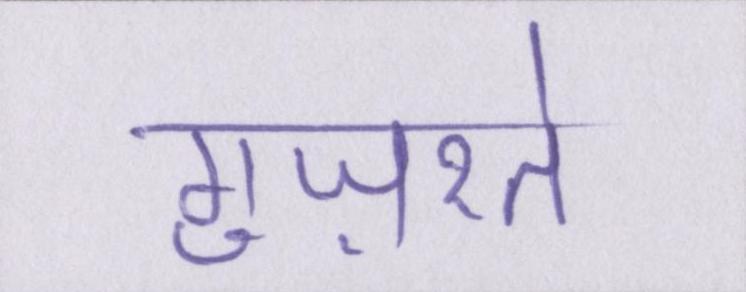
गुज़रते